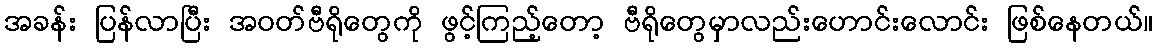
အခန်း ပြန်လာပြီး အဝတ်ဗီရိုတွေကို ဖွင့်ကြည့်တော့ ဗီရိုတွေမှာလည်းဟောင်းလောင်း ဖြစ်နေတယ်။